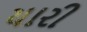
યારી